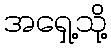
အရှေ့သို့